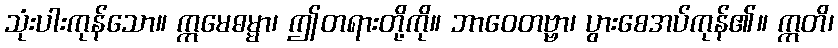
သုံးပါးကုန်သော။ ဣမေဓမ္မာ၊ ဤတရားတို့ကို။ ဘာဝေတဗ္ဗာ၊ ပွားစေအပ်ကုန်၏။ ဣတိ၊